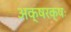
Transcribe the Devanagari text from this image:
अक्षरक्षः